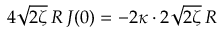
4 \sqrt { 2 \zeta } \, R \: J ( 0 ) = - 2 \kappa \cdot 2 \sqrt { 2 \zeta } \, R